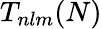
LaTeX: T_{nlm}(N)